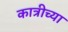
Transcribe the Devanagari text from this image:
कात्रीच्या